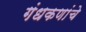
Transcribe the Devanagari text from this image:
गंधकणांचे